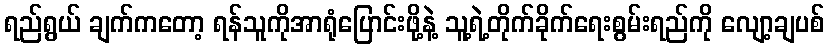
ရည်ရွယ် ချက်ကတော့ ရန်သူကိုအာရုံပြောင်းဖို့နဲ့ သူ့ရဲ့တိုက်ခိုက်ရေးစွမ်းရည်ကို လျော့ချပစ်